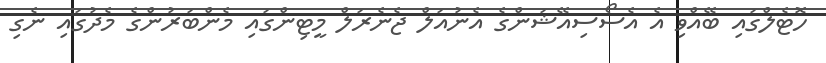
ހޮޓެލްގައި ބޭއްވި އެ އެސޯސިއޭޝަންގެ އެނުއަލް ޖެނެރަލް މީޓިންގައި މެންބަރުންގެ މެދުގައި ނެގި